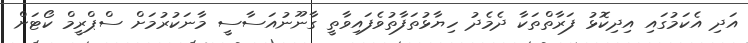
އަދި އެކަމުގައި އިދިކޮޅު ފަރާތްތަކާ ދެމެދު ހިޔާޅުތަފާތުވެފައިވާތީ ގާނޫނުއަސާސީ މާނަކުރުމަށް ސްޕްރީމް ކޯޓަށް